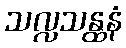
သလ္လသန္ထနံ